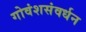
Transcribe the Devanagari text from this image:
गोवंशसंवर्धन